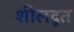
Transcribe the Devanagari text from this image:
शीलदूत